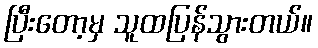
ပြီးတော့မှ သူထပြန်သွားတယ်။